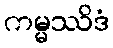
ကမ္မဿိဒံ